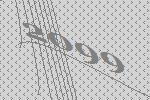
2099